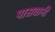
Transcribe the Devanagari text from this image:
पासबानी